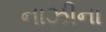
નાઝીના